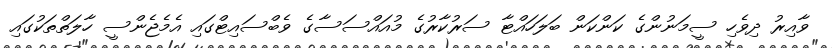
ވާއިރު ދިވެހި ސީމަނުންގެ ކަންކަން ބަލަހައްޓާ ސަރުކާރުގެ މުއައްސަސާގެ ވެބްސައިޓްގައި އެމެޖެންސީ ހާލަތްތަކުގައި